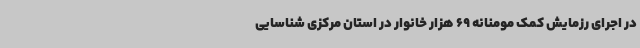
در اجرای رزمایش کمک مومنانه 69 هزار خانوار در استان مرکزی شناسایی